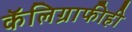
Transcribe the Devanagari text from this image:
कॅलिग्राफीही